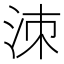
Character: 洓